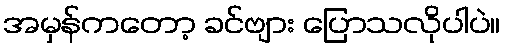
အမှန်ကတော့ ခင်ဗျား ပြောသလိုပါပဲ။